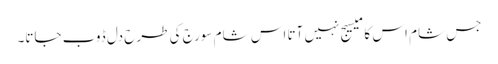
جس شام اس کا میسیج نہیں آتا اس شام سورج کی طرح دل ڈوب جاتا۔